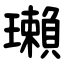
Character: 瓎